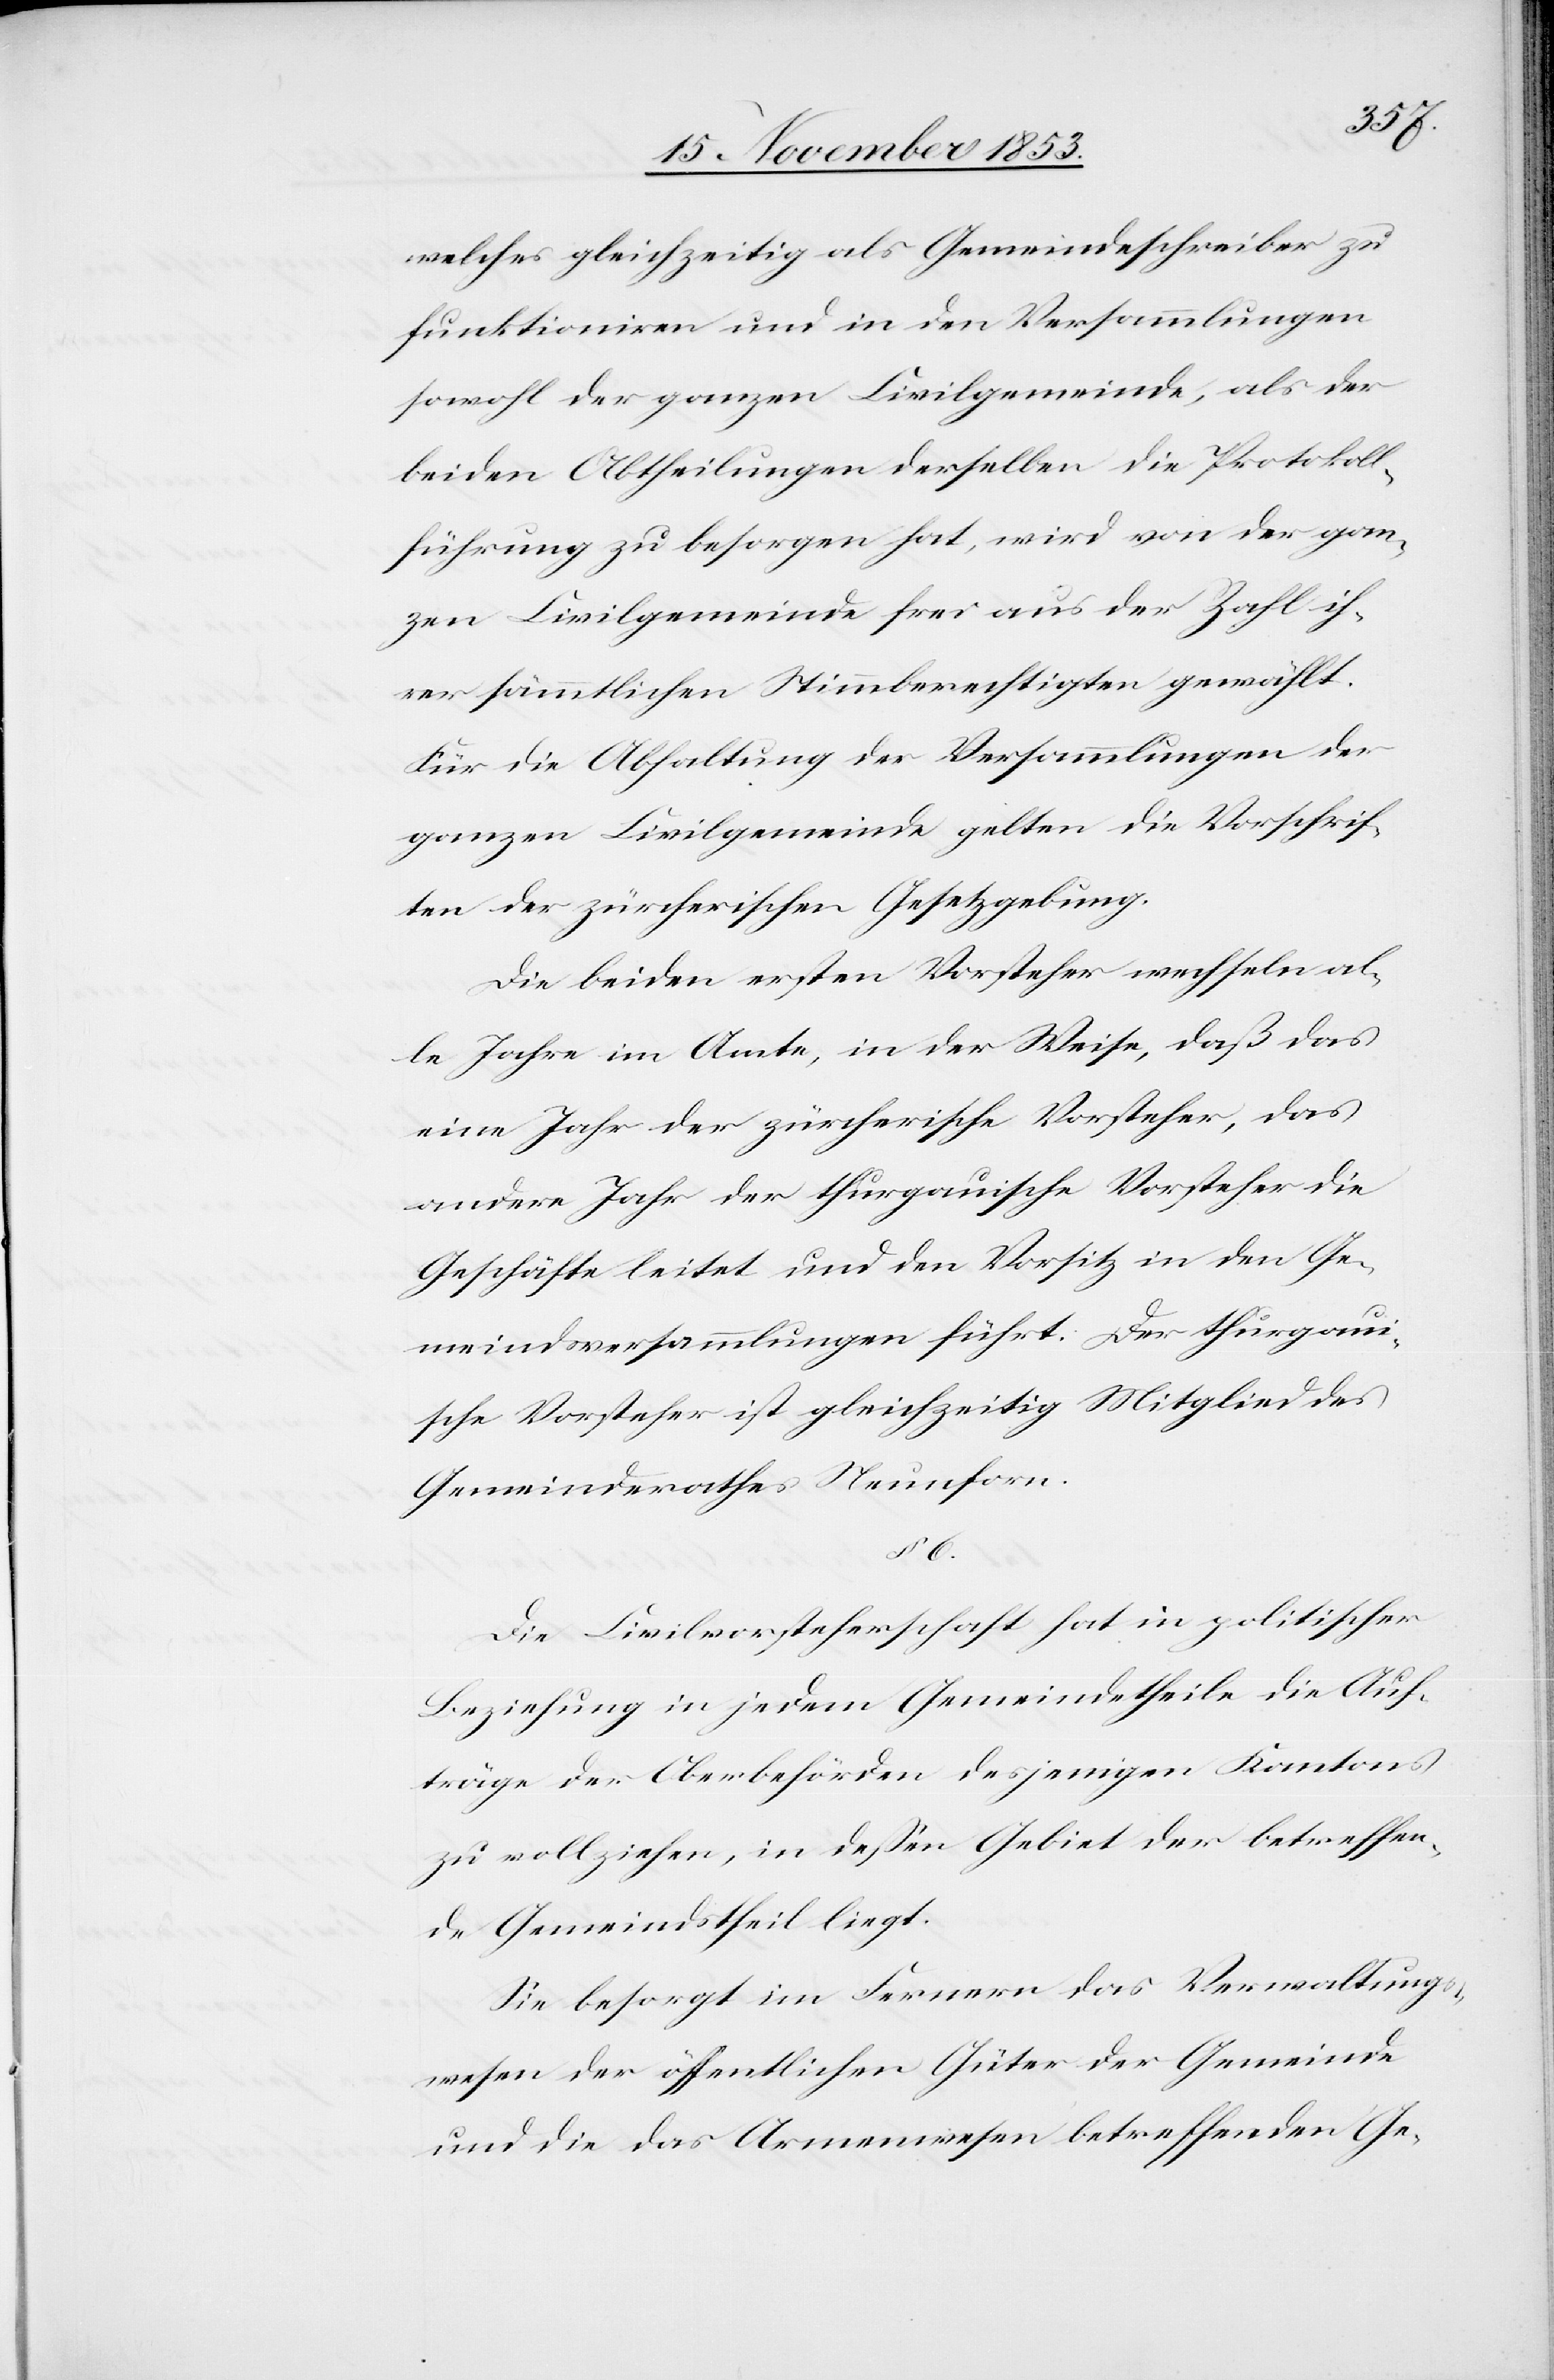
welches gleichzeitig als Gemeindeschreiber zu
funktionieren und in den Versammlungen
sowohl der ganzen Civilgemeinde, als der
beiden Abtheilungen derselben die Protokoll¬
führung zu besorgen hat, wird von der gan¬
zen Civilgemeinde frei aus der Zahl ih¬
rer sämmtlichen Stimmberechtigen gewählt.
Für die Abhaltung der Versammlungen der
ganzen Civilgemeinde gelten die Vorschrif¬
ten der zürcherischen Gesetzgebung.
Die beiden ersten Vorsteher wechseln al¬
le Jahre im Amte, in der Weise, daß das
eine Jahr der zürcherische Vorsteher, das
andere Jahr der thurgauische Vorsteher die
Geschäfte leitet und den Vorsitz in den Ge¬
meindsversammlungen führt. Der thurgaui¬
sche Vorsteher ist gleichzeitig Mitglied des
Gemeindrathes Neunforn.
§ 6.
Die Civilvorsteherschaft hat in politischer
Beziehung in jedem Gemeindetheile die Auf¬
träge der Oberbehörden desjenigen Kantons
zu vollziehen, in deßen Gebiet der betreffen¬
de Gemeindstheil liegt.
Sie besorgt im Fernern das Verwaltungs¬
wesen der öffentlichen Güter der Gemeinde
und die das Armenwesen betreffenden Ge-